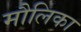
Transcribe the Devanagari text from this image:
मौलिका